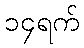
၁၄ရက်